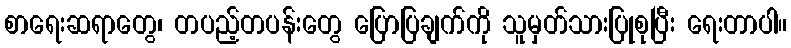
စာရေးဆရာတွေ၊ တပည့်တပန်းတွေ ပြောပြချက်ကို သူမှတ်သားပြုစုပြီး ရေးတာပါ။